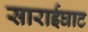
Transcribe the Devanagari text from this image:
साराईघाट